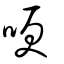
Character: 哽